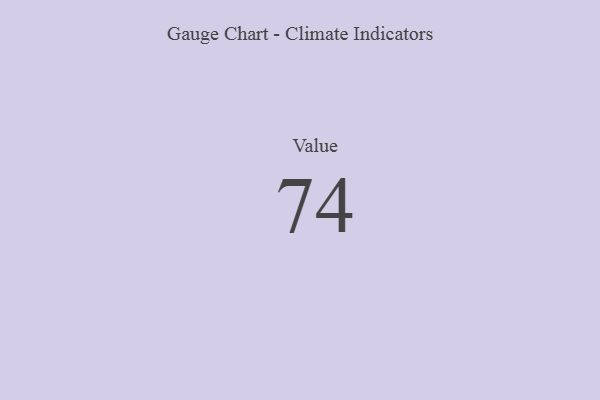
{"axis": {"x": "Metric", "y": "Value"}, "legend": [""], "data": [{"x": "Value", "y": 74, "type": ""}]}